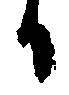
日